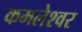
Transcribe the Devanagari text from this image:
कमलेश्‍वर